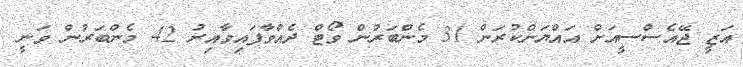
އަޒީ ޖޭއެސްސީއަށް އައްޔަންކުރަން 31 މެންބަރުން ވޯޓް ދެއްވާފައިވާއިރު 42 މެންބަރުން ވަނީ